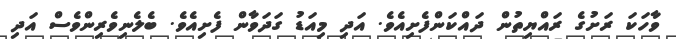
ވާހަކަ ރަށުގެ ރައްޔިތުން ދައްކަންފެށިއެވެ. އަދި މިއަޑު ގަދަވާން ފެށިއެވެ. ބެލެނިވެރިންވެސް އަދި